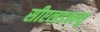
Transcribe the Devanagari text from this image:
सीएलडबल्यु